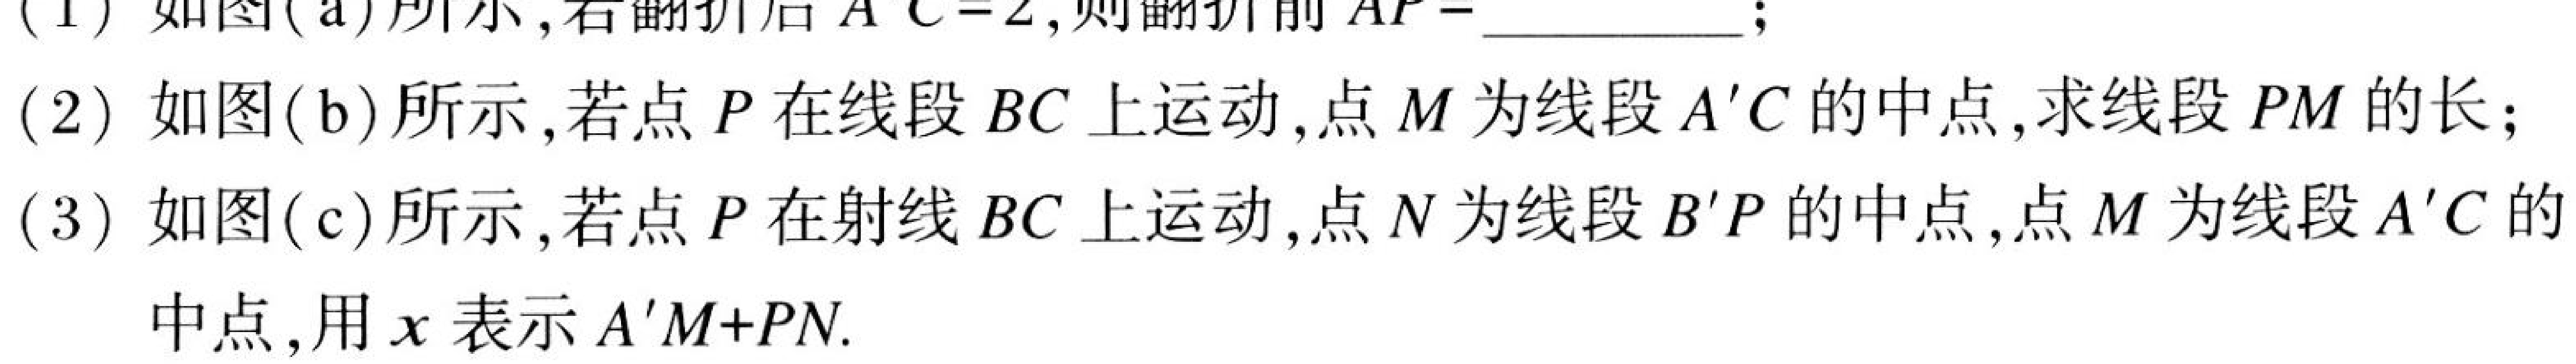
(1) 如图(a)所示,若翻折后\(A'C = 2\),则翻折前\(AP=\)  ;
(2) 如图(b)所示,若点\(P\)在线段\(BC\)上运动,点\(M\)为线段\(A'C\)的中点,求线段\(PM\)的长;
(3) 如图(c)所示,若点\(P\)在射线\(BC\)上运动,点\(N\)为线段\(B'P\)的中点,点\(M\)为线段\(A'C\)的
中点,用\(x\)表示\(A'M + PN\).